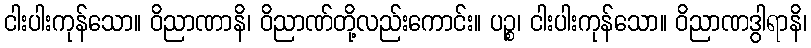
ငါးပါးကုန်သော။ ဝိညာဏာနိ၊ ဝိညာဏ်တို့လည်းကောင်း။ ပဉ္စ၊ ငါးပါးကုန်သော။ ဝိညာဏဒွါရာနိ၊